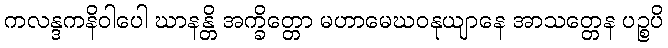
ကလန္ဒကနိဝါပေါ ဃာနန္တိ အက္ခိတ္တော မဟာမေဃဝနုယျာနေ အာသတ္တေန ပဉ္စပိ